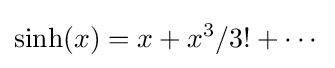
\sinh(x)=x+x^{3}/3!+\cdots